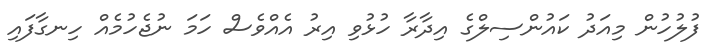
ފުލުހުން މިއަދު ކައުންސިލްގެ އިދާރާ ހުޅުވި އިރު އެއްވެސް ހަމަ ނުޖެހުމެއް ހިނގާފައި